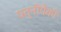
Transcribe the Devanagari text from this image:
पत्‍नींपैकी